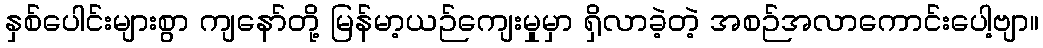
နှစ်ပေါင်းများစွာ ကျနော်တို့ မြန်မာ့ယဉ်ကျေးမှုမှာ ရှိလာခဲ့တဲ့ အစဉ်အလာကောင်းပေါ့ဗျာ။